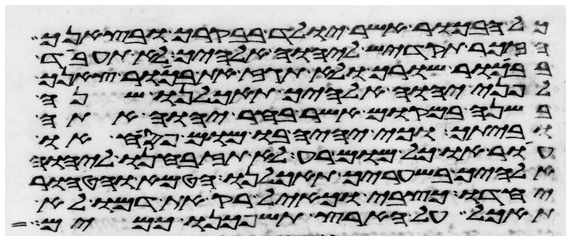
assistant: כל הבכור אשר יולד בבקרך ובצאנך
הזכר תקדיש ליהוה אלהיך לא תעבד
בבכור שורך ולא תגז את בכור צאנך
לפני יהוה אלהיך תאכלנו שנה
בשנה במקום אשר בחר יהוה אתה
וביתך וכי יהיה בו מום פסח או
עור או כל מום רע לא תזבחנו ליהוה
אלהיך בשעריך תאכלנו הטמא והטהור
יחדו כצבי וכאיל רק את דמו לא
תאכל על הארץ תשפכנו כמים